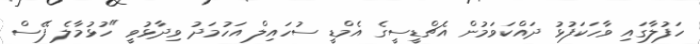
ހަފުލާގައި ވާހަކަފުޅު ދައްކަވަމުން އެޗްޑީސީގެ އެމްޑީ ސުހައިލް އަހުމަދު ވިދާޅުވީ "ހުޅުމާލެ ފޭސް